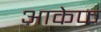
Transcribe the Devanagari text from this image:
आकेफ